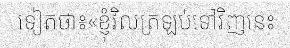
ទៀតថា៖«ខ្ញុំវិលត្រឡប់ទៅវិញនេះ